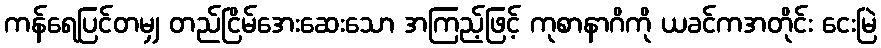
ကန်ရေပြင်တမျှ တည်ငြိမ်အေးဆေးသော အကြည့်ဖြင့် ကုစာနာဂိကို ယခင်ကအတိုင်း ငေးမြဲ